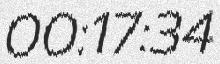
00:17:34